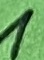
Text: 1